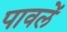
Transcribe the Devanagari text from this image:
पावलें